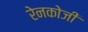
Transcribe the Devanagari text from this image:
रेनकोजी